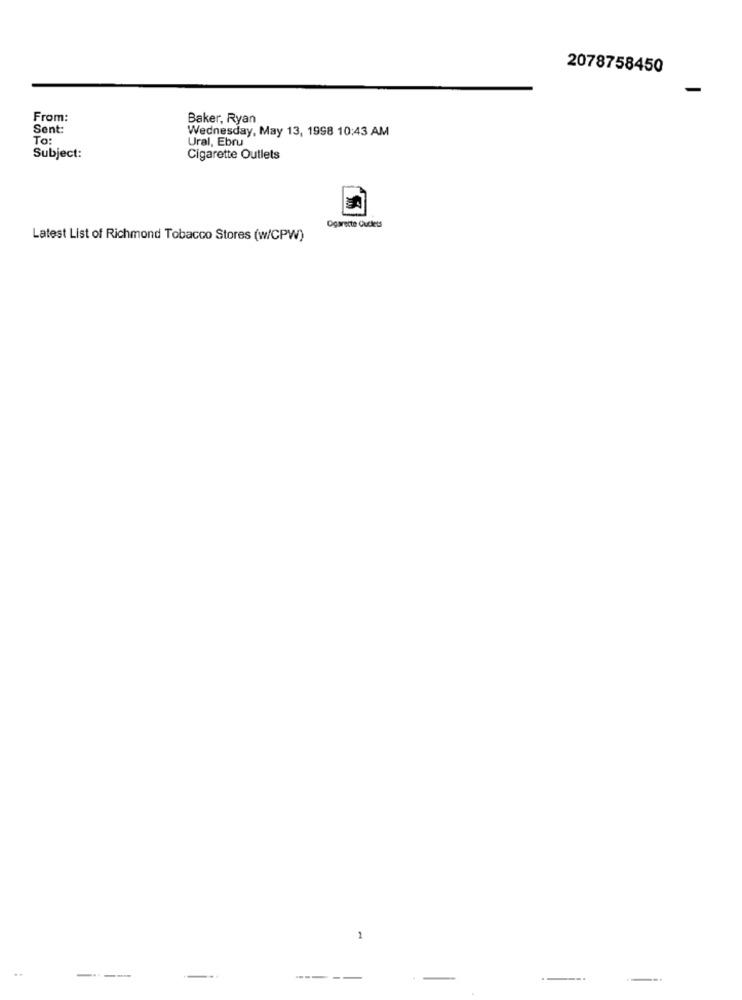
2078758450
From:
Baker, Ryan
Sent:
Wednesday, May 13, 1998 10:43 AM
To:
Ural, Ebru
Subject:
Cigarette Outlets
Ogarette Cuclets
Latest List of Richmond Tobacco Stores (w/CPW)
---